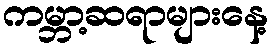
ကမ္ဘာ့ဆရာများနေ့